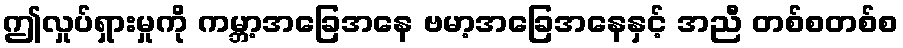
ဤလှုပ်ရှားမှုကို ကမ္ဘာ့အခြေအနေ ဗမာ့အခြေအနေနှင့် အညီ တစ်စတစ်စ